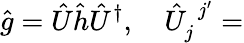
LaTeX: \hat{g}=\hat{U}\hat{h}\hat{U}^{\dagger},\quad\hat{U}_{j}^{\, \, j^{\prime}}=